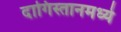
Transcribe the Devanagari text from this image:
दागिस्तानमध्ये